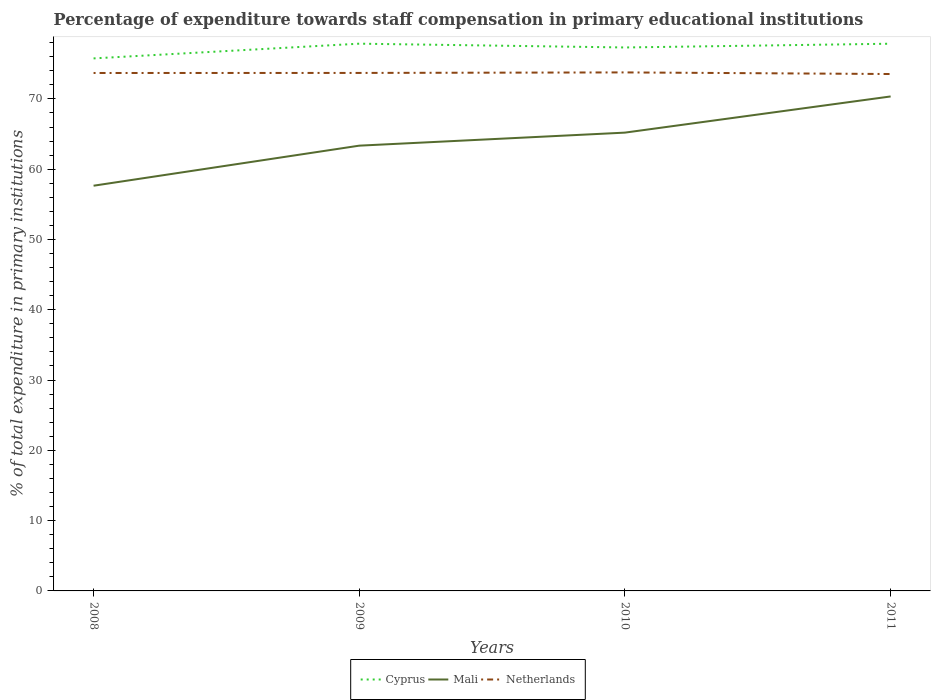
| Years | Cyprus | Mali | Netherlands |
 | --- | --- | --- | --- |
 | 2008 | 75.8 | 57.6 | 73.7 |
 | 2009 | 77.9 | 63.3 | 73.7 |
 | 2010 | 77.3 | 65.2 | 73.8 |
 | 2011 | 77.9 | 70.3 | 73.5 |